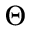
\Theta